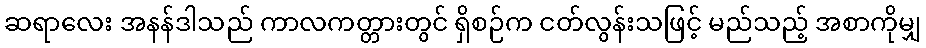
ဆရာလေး အနန်ဒါသည် ကာလကတ္တားတွင် ရှိစဉ်က ငတ်လွန်းသဖြင့် မည်သည့် အစာကိုမျှ